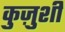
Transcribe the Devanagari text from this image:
कुज़ुशी